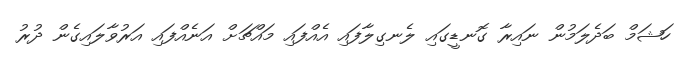
ހަޝަމް ބަދެލަމުން ނައިރާ ގޮނޑީގައި ލެނގިލާފައި އެއްފައި މައްޗަށް އަނެއްފައި އަރުވާލައިގެން ދުރު